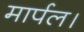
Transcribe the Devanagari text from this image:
मार्पल।